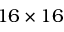
1 6 \times 1 6